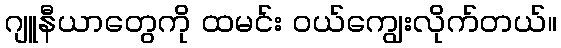
ဂျူနီယာတွေကို ထမင်း ဝယ်ကျွေးလိုက်တယ်။